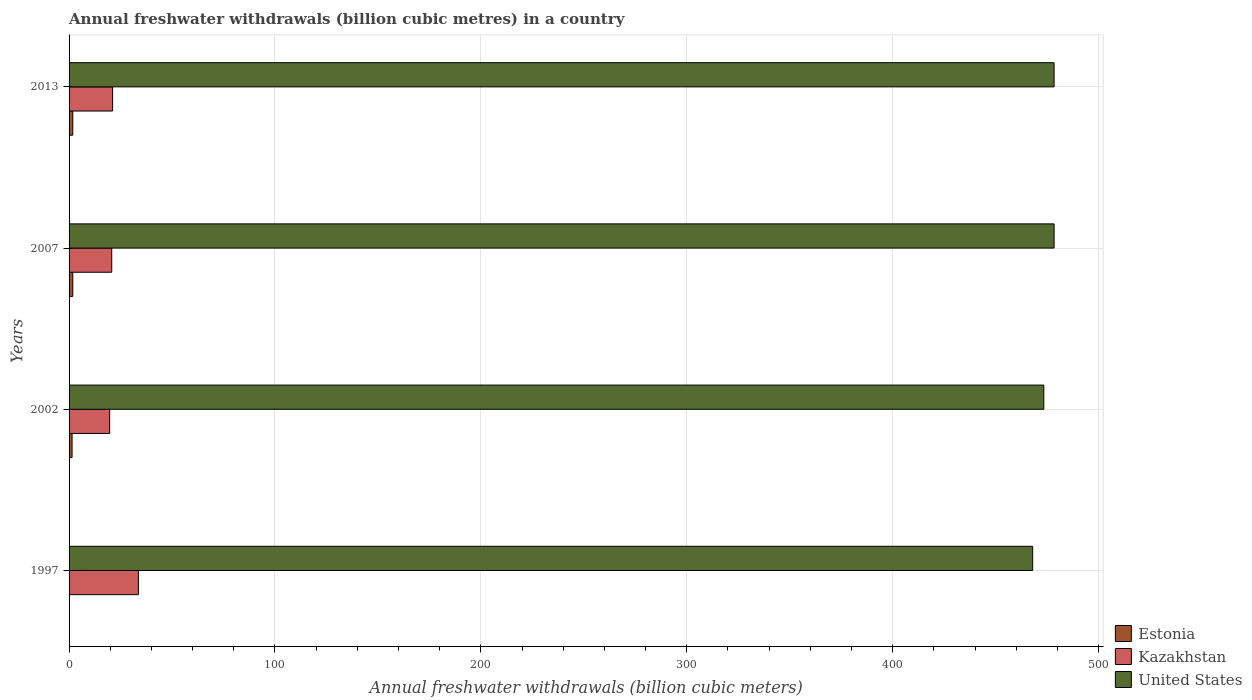
| Years | Estonia | Kazakhstan | United States |
 | --- | --- | --- | --- |
 | 1997 | 0.158 | 33.7 | 468 |
 | 2002 | 1.46 | 19.7 | 473 |
 | 2007 | 1.8 | 20.7 | 478 |
 | 2013 | 1.8 | 21.1 | 478 |